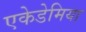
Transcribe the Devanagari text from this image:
एकेडेमिया